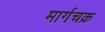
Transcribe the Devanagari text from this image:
मार्गचक्र